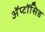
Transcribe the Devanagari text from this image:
अॅप्टॉसिड